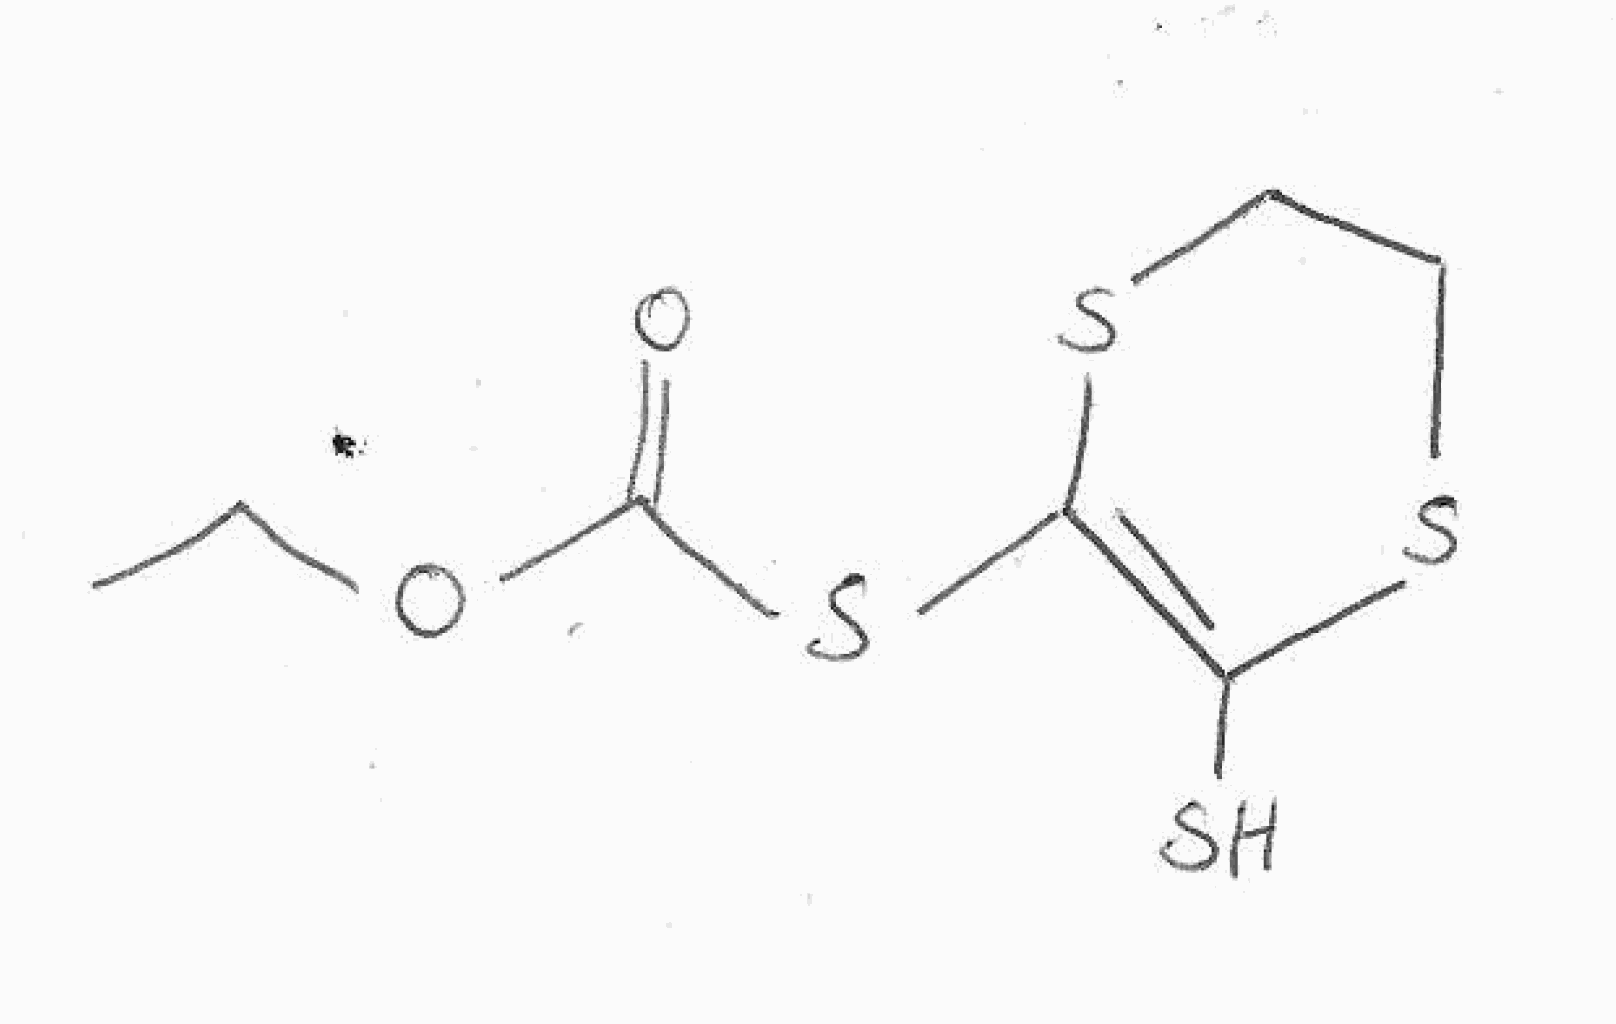
Simplified molecular-input line-entry system (SMILES) notation of the given molecule:
CCOC(=O)SC1=C(SCCS1)S